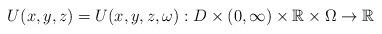
LaTeX: \begin{align*}U(x,y,z)=U(x,y,z,\omega): D\times (0,\infty)\times\mathbb{R}\times \Omega \rightarrow \mathbb{R}\end{align*}